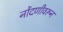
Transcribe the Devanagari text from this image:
नोंदणीवरून